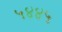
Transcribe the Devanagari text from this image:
५४४५